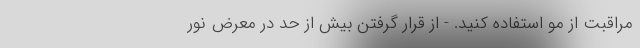
مراقبت از مو استفاده کنید. - از قرار گرفتن بیش از حد در معرض نور